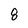
Character: 8